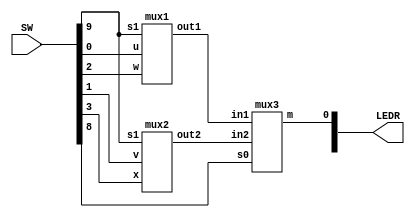
module mux(LEDR, SW);
    input [9:0] SW;
    output [9:0] LEDR;

    mux1 u1(
        .u(SW[0]),
        .w(SW[2]),
        .s1(SW[9]),
        .out1(Connection1)
        );
		  
    mux2 u2(
        .v(SW[1]),
        .x(SW[3]),
        .s1(SW[9]),
        .out2(Connection2)
        );

    mux3 u3(
        .in1(Connection1),
        .in2(Connection2),
        .s0(SW[8]),
        .m(LEDR[0])
        );  
endmodule

module mux1(u, w, s1, out1);
    input u; //selected when s is 0
    input w; //selected when s is 1
    input s1; //select signal
    output out1; //output
  
    assign out1 = s1 & w | ~s1 & u;

endmodule

module mux2(v, x, s1, out2);
    input v; //selected when s is 0
    input x; //selected when s is 1
    input s1; //select signal
    output out2; //output
  
    assign out2 = s1 & x | ~s1 & v;

endmodule

module mux3(in1, in2, s0, m);
    input in1; //selected when s is 0
    input in2; //selected when s is 1
    input s0; //select signal
    output m; //output
  
    assign m = s0 & in2 | ~s0 & in1;

endmodule